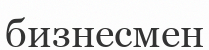
бизнесмен